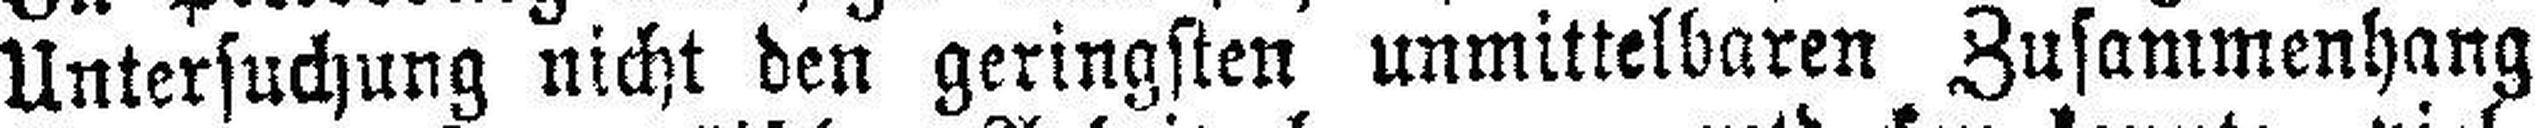
Untersuchung nicht den geringsten unmittelbaren Zusammenhang